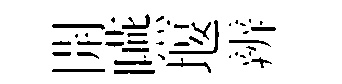
開嚥堰辨